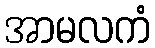
အာမလကံ